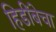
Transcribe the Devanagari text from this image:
हिडींबेचा